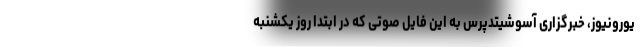
یورونیوز، خبرگزاری آسوشیتدپرس به این فایل صوتی که در ابتدا روز یکشنبه